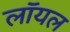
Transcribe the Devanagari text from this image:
लाॅयल